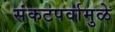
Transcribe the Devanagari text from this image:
संकटपर्वामुळे